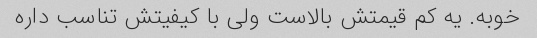
خوبه. یه کم قیمتش بالاست ولی با کیفیتش تناسب داره